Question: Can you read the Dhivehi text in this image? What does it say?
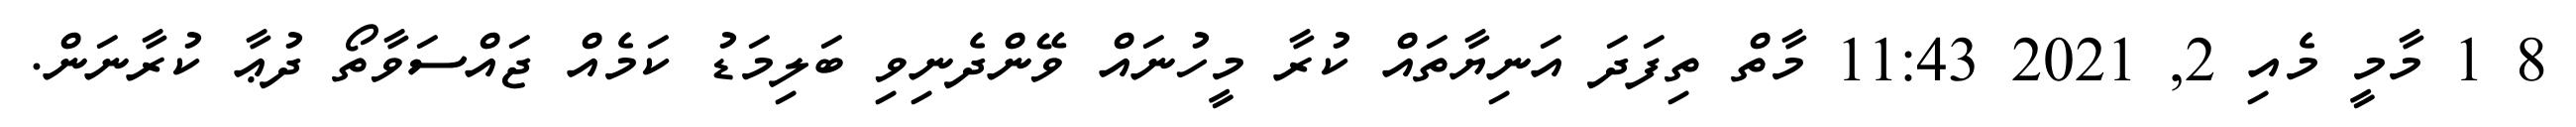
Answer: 8 1 މާމީ މެއި 2, 2021 11:43 މާތް ތިފަދަ އަނިޔާތައް ކުރާ މީހުނައް ވޭންދެނިވި ބަލިމަޑު ކަމެއް ޖައްސަވާތޯ ދުޢާ ކުރާނަން.